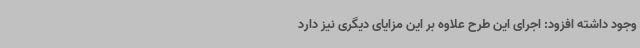
وجود داشته افزود: اجرای این طرح علاوه بر این مزایای دیگری نیز دارد